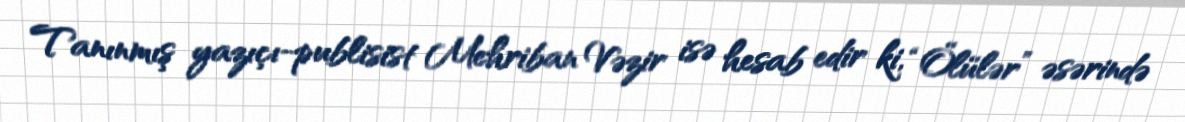
Tanınmış yazıçı-publisist Mehriban Vəzir isə hesab edir ki, “Ölülər” əsərində